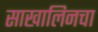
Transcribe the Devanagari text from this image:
साखालिनचा